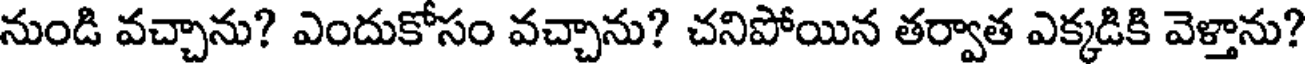
నుండి వచ్చాను? ఎందుకోసం వచ్చాను? చనిపోయిన తర్వాత ఎక్కడికి వెళ్తాను?